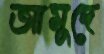
আমুদে